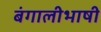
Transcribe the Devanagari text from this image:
बंगालीभाषी